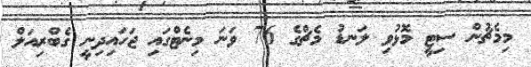
މިމެޗުން ސިޓީ މޮޅުވި ލަނޑު މެޗްގެ 76 ވަނަ މިނެޓްގައި ޖަހައިދިނީ ގެބްރިއަލް